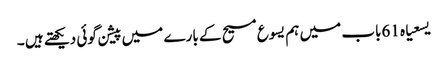
یسعیاہ 61باب میں ہم یسوع مسیح کے بارے میں پیشن گوئی دیکھتے ہیں ۔